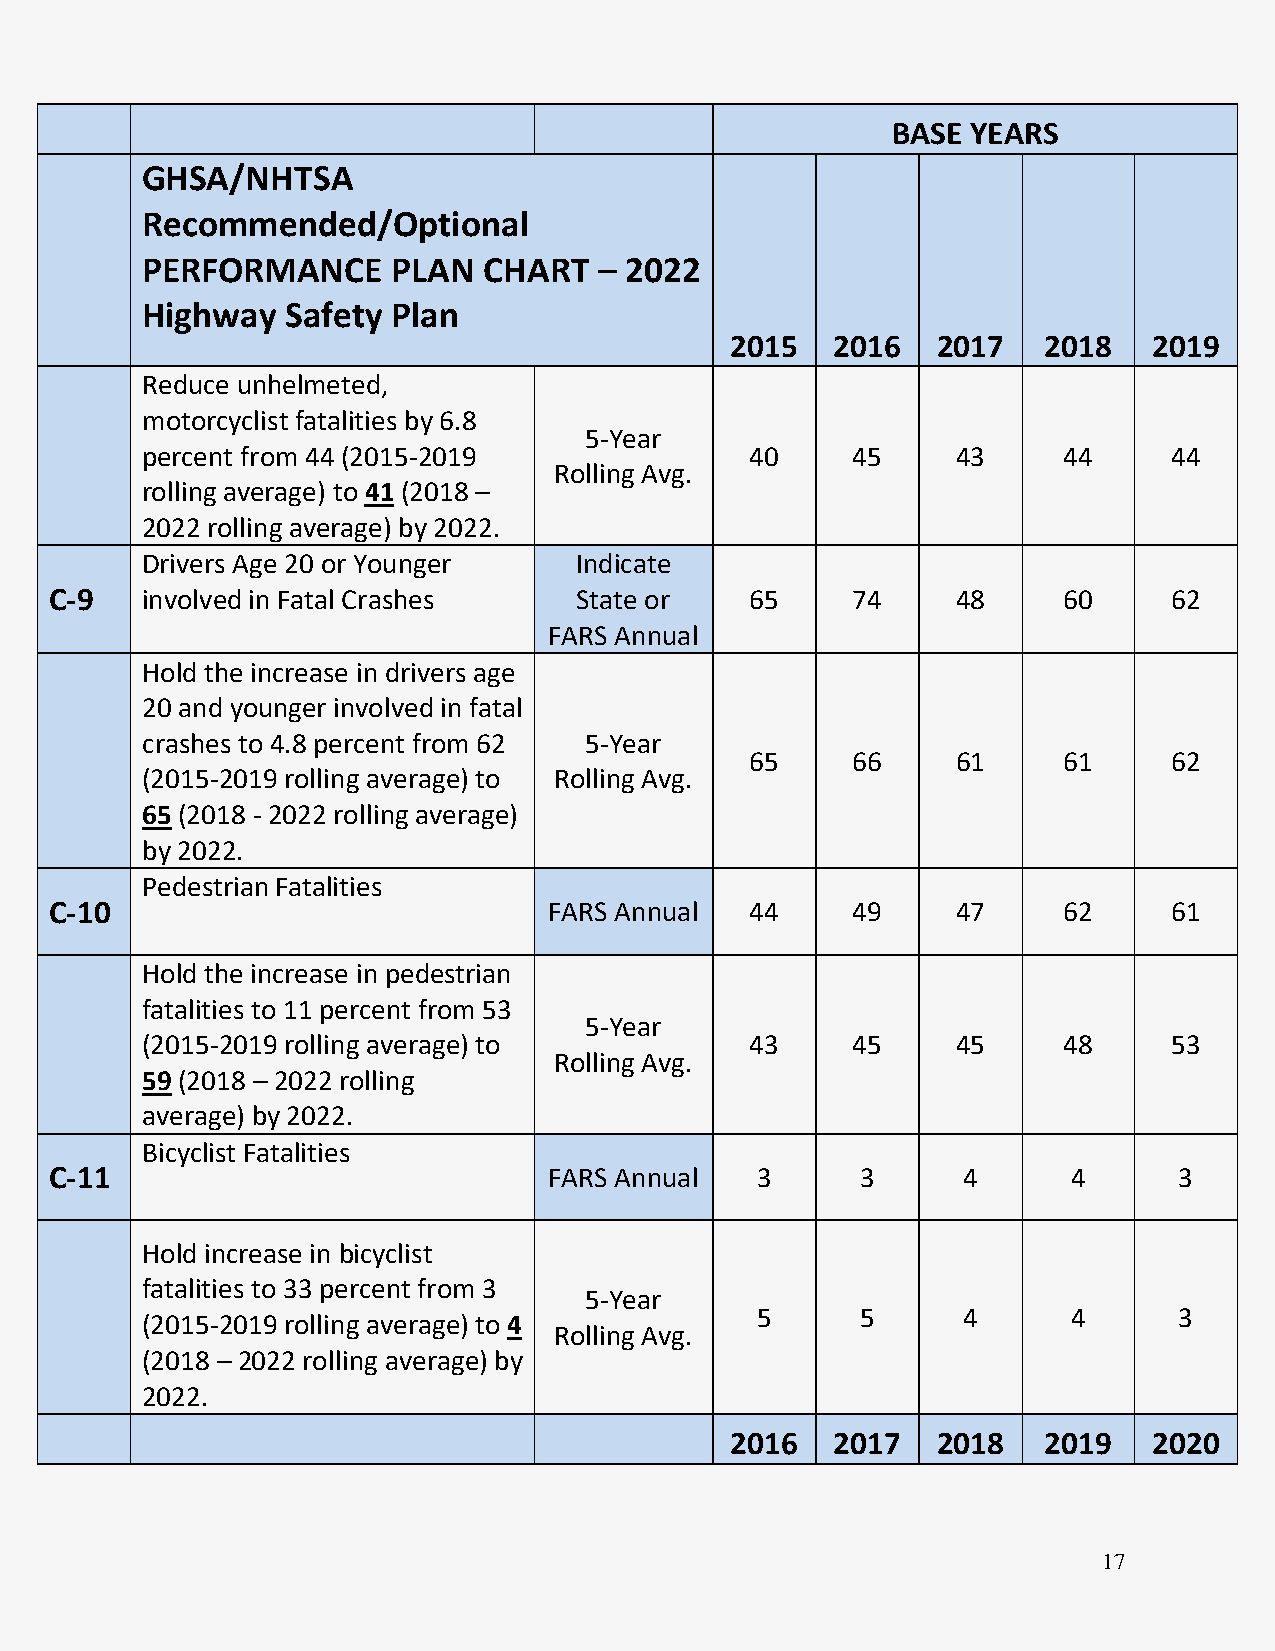
BASE YEARS
 GHSA/NHTSA
 Recommended/Optional
 PERFORMANCE      PLAN  CHART   – 2022
 Highway   Safety Plan
 2015   2016   2017   2018   2019
 Reduce unhelmeted,
 motorcyclist fatalities by 6.8
 5-Year
 percent from 44 (2015-2019               40    45     43     44      44
 Rolling Avg.
 rolling average) to 41 (2018 –
 2022 rolling average) by 2022.
 Drivers Age 20 or Younger    Indicate
 C-9   involved in Fatal Crashes    State or    65    74     48     60      62
 FARS Annual
 Hold the increase in drivers age
 20 and younger involved in fatal
 crashes to 4.8 percent from 62 5-Year
 65    66     61     61      62
 (2015-2019 rolling average) to Rolling Avg.
 65 (2018 - 2022 rolling average)
 by 2022.
 Pedestrian Fatalities
 C-10                             FARS Annual   44    49     47     62      61
 Hold the increase in pedestrian
 fatalities to 11 percent from 53
 5-Year
 (2015-2019 rolling average) to           43    45     45     48      53
 Rolling Avg.
 59 (2018 – 2022 rolling
 average) by 2022.
 Bicyclist Fatalities
 C-11                             FARS Annual   3      3      4      4      3
 Hold increase in bicyclist
 fatalities to 33 percent from 3
 5-Year
 5      5      4      4      3
 (2015-2019 rolling average) to 4
 Rolling Avg.
 (2018 – 2022 rolling average) by
 2022.
 2016   2017   2018   2019   2020
 17